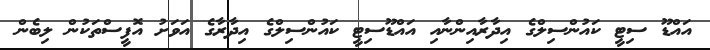
އައްޑޫ ސިޓީ ކައުންސިލްގެ އިދާރާއިންނާއި އައްޑޫސިޓީ ކައުންސިލްގެ އިދާރާގެ އަވަށު އޮފީސްތަކުން ލިބެން